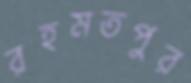
রহমতপুর